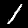
Label: 1